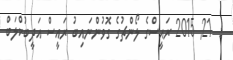
:  21